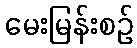
မေးမြန်းစဉ်